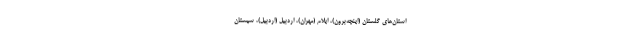
استان‌های گلستان (اینچه‌برون)، ایلام (مهران)، اردبیل (اردبیل)، سیستان